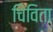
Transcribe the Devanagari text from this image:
चिविता